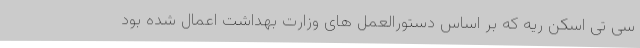
سی تی اسکن ریه که بر اساس دستورالعمل های وزارت بهداشت اعمال شده بود